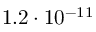
1 . 2 \cdot 1 0 ^ { - 1 1 }